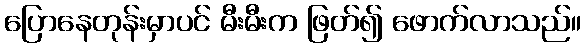
ပြောနေတုန်းမှာပင် မီးမီးက ဖြတ်၍ ဖောက်လာသည်။